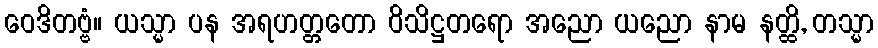
ဝေဒိတဗ္ဗံ။ ယသ္မာ ပန အရဟတ္တတော ဝိသိဋ္ဌတရော အညော ယညော နာမ နတ္ထိ, တသ္မာ